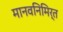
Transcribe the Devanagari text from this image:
मानवनिमिर्त